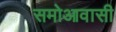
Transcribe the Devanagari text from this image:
समोआवासी